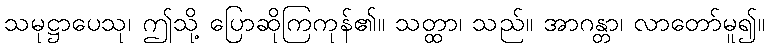
သမုဋ္ဌာပေသု၊ ဤသို့ ပြောဆိုကြကုန်၏။ သတ္ထာ၊ သည်။ အာဂန္တာ၊ လာတော်မူ၍။